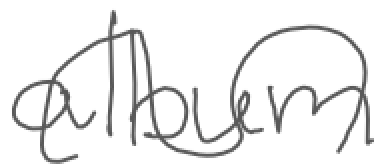
Text: album
Cross-out: mix
Writing tool: digital_gray